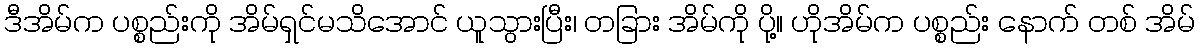
ဒီအိမ်က ပစ္စည်းကို အိမ်ရှင်မသိအောင် ယူသွားပြီး၊ တခြား အိမ်ကို ပို့။ ဟိုအိမ်က ပစ္စည်း နောက် တစ် အိမ်